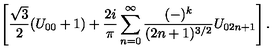
\left[ \frac { \sqrt { 3 } } { 2 } ( U _ { 0 0 } + 1 ) + \frac { 2 i } { \pi } \sum _ { n = 0 } ^ { \infty } \frac { ( - ) ^ { k } } { ( 2 n + 1 ) ^ { 3 / 2 } } U _ { 0 2 n + 1 } \right] .